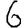
Digit: 6